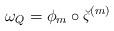
LaTeX: \begin{align*}\omega_Q=\phi_m\circ\breve{\varsigma}^{(m)}\end{align*}